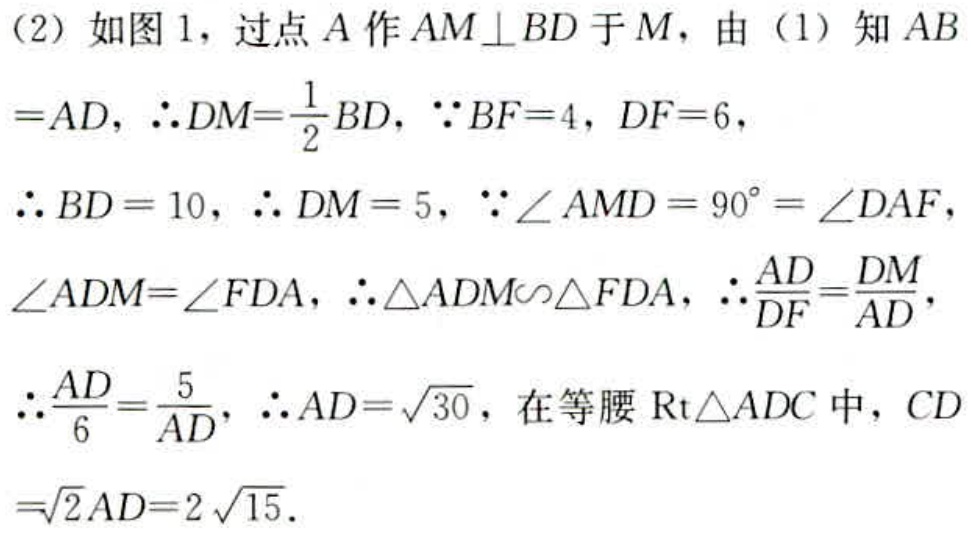
(2) 如图1，过点\(A\)作\(AM\perp BD\)于\(M\)，由 (1) 知\(AB = AD\)，\(\therefore DM=\frac{1}{2}BD\)，\(\because BF = 4\)，\(DF = 6\)，
\(\therefore BD = 10\)，\(\therefore DM = 5\)，\(\because\angle AMD = 90^{\circ}=\angle DAF\)，
\(\angle ADM=\angle FDA\)，\(\therefore\triangle ADM\sim\triangle FDA\)，\(\therefore\frac{AD}{DF}=\frac{DM}{AD}\)，
\(\therefore\frac{AD}{6}=\frac{5}{AD}\)，\(\therefore AD=\sqrt{30}\)，在等腰\(\text{Rt}\triangle ADC\)中，\(CD=\sqrt{2}AD = 2\sqrt{15}\)．